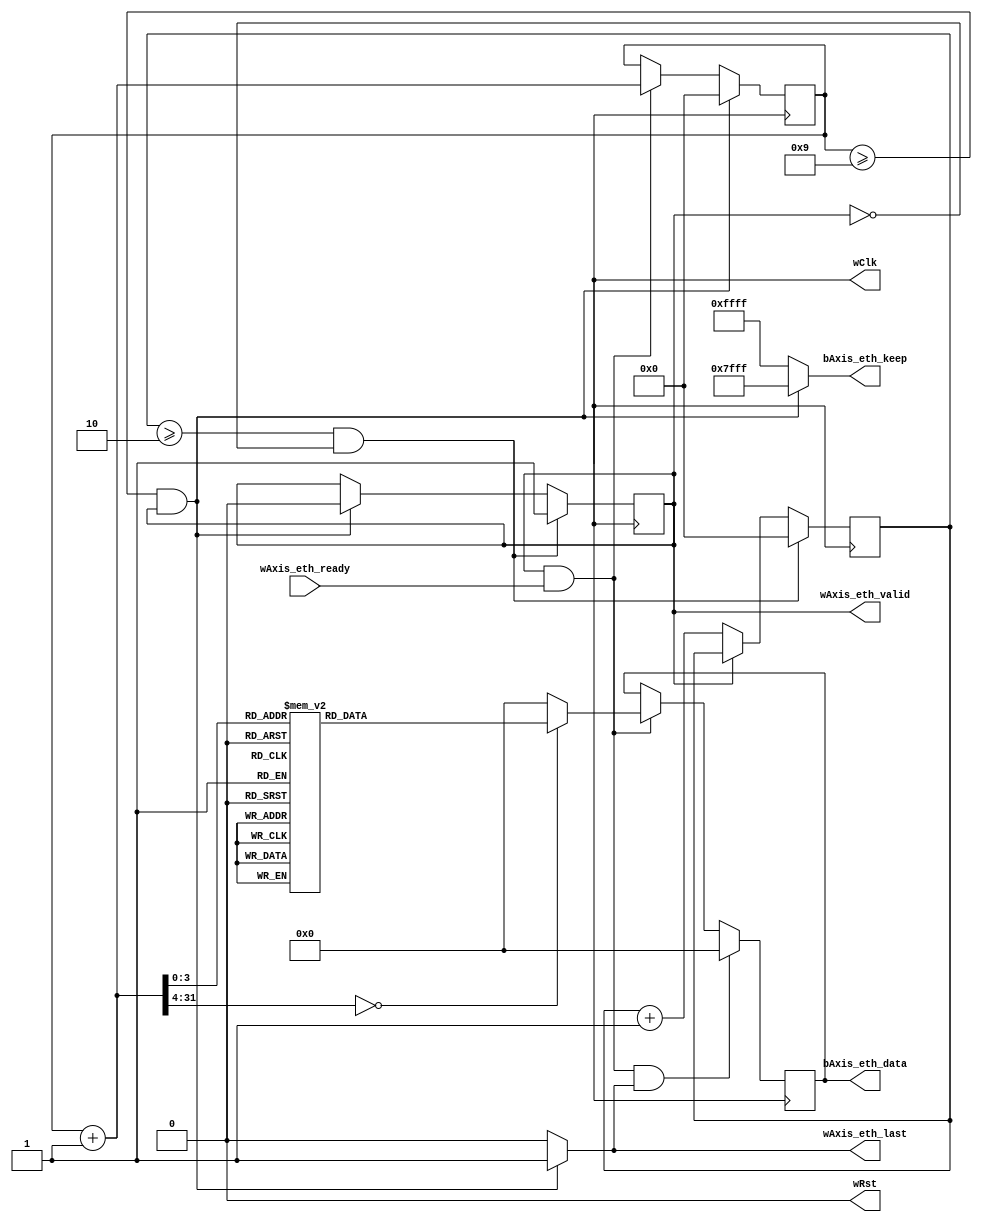
//
// Verilog Module easy_tester_lib.easy_eth_tester
//
// Created:
//          by - Administrator.UNKNOWN (WIN-P4J5GE79P21)
//          at - 15:35:30 2023/12/31
//
// using Mentor Graphics HDL Designer(TM) 2021.1 Built on 14 Jan 2021 at 15:11:42
//

`resetall
`timescale 1ns/10ps
module easy_eth_tester #
(
	parameter		FRAME_LENGTH	=	10	,
	parameter		FRAME_GAP		=	3	
)
(
	//clock and reset
	output	reg					wClk				,
	output	reg					wRst				,
	
	//Axi-stream ethernet data output 
	output	reg					wAxis_eth_valid		,
	input						wAxis_eth_ready		,
	output	reg	[127:0]			bAxis_eth_data		,
	output 	reg	[15:0]			bAxis_eth_keep		,
	output	reg					wAxis_eth_last		
	
);


//------------------------------------------------------------------
//generate a 100MHz clock
always #5 wClk	<=	~wClk	;

//==================================================================
//				TEST SOURCE IN AXI STREAM INTERFACE
//==================================================================
//------------------------------------------------------------------
//signal define
reg	[31:0]		bFrame_counter	= 0	;
reg	[31:0]		bGap_counter	= 0	;
reg				wSend_en		= 0	;

//------------------------------------------------------------------
//signal define
//`define  _NO_FRAME_GAP

//output ethernet frame data when send enable signal is asserted
`ifdef 	 _NO_FRAME_GAP
always @(posedge wClk)begin
	if(wRst)begin
		wSend_en	<=	1'b0	;
	end
	else begin
		wSend_en	<=	1'b1	;
	end
end
`else
always @(posedge wClk)begin
	if(wRst)begin
		wSend_en	<=	1'b0		;
	end
	else if((bGap_counter >= FRAME_GAP-1) && (!wSend_en))begin
		wSend_en	<=	1'b1		;
	end
	else if((bFrame_counter >= FRAME_LENGTH-1) && (wSend_en))begin
		wSend_en	<=	1'b0		;
	end
end
`endif

always @(posedge wClk)begin
	if(wRst)begin
		bFrame_counter	<=	'd0			;
	end
	else if((bFrame_counter >= FRAME_LENGTH-1) && (wSend_en))begin
		bFrame_counter	<=	'd0			;
	end
	//else if(wSend_en)begin
	else if(wAxis_eth_valid & wAxis_eth_ready)begin
		bFrame_counter	<=	bFrame_counter + 1	;
	end
end	

always @(posedge wClk)begin
	if(wRst)begin
		bGap_counter	<=	'd0			;
	end
	else if((bGap_counter >= FRAME_GAP-1) && (!wSend_en))begin
		bGap_counter	<=	'd0			;
	end
	else if(!wSend_en)begin
		bGap_counter	<=	bGap_counter + 1	;
	end
end	

always @* begin
	if(wRst)begin
		wAxis_eth_valid	=	0			;
	end
	else begin
		wAxis_eth_valid	=	wSend_en	;
	end
end

//data output
/*
always @(posedge wClk)begin
	if(wRst)begin
		bAxis_eth_data	<=	'd0	;
	end
	else if(wAxis_eth_valid	& wAxis_eth_ready & wAxis_eth_last)begin
		bAxis_eth_data	<=	'd0	;
	end
	else if(wAxis_eth_valid	& wAxis_eth_ready)begin
		bAxis_eth_data	<=	bAxis_eth_data + 1;
	end
end	
*/

always @(posedge wClk)begin
	if(wRst)begin
		bAxis_eth_data	<=	'd0	;
	end
	else if(wAxis_eth_valid	& wAxis_eth_ready & wAxis_eth_last)begin
		bAxis_eth_data	<=	'h0	;
	end
	else if(wAxis_eth_valid	& wAxis_eth_ready)begin
		case(bFrame_counter+1)
			32'h1: 	bAxis_eth_data	<=	'h1111_1111_1111_1111_1111_1111_1111_1111	;
			32'h2:	bAxis_eth_data	<=	'h2222_2222_2222_2222_2222_2222_2222_2222	;
			32'h3:	bAxis_eth_data	<=	'h3333_3333_3333_3333_3333_3333_3333_3333	;
			32'h4:	bAxis_eth_data	<=	'h4444_4444_4444_4444_4444_4444_4444_4444	;
			32'h5:	bAxis_eth_data	<=	'h5555_5555_5555_5555_5555_5555_5555_5555	;
			32'h6:	bAxis_eth_data	<=	'h6666_6666_6666_6666_6666_6666_6666_6666	;
			32'h7:	bAxis_eth_data	<=	'h7777_7777_7777_7777_7777_7777_7777_7777	;
			32'h8:	bAxis_eth_data	<=	'h8888_8888_8888_8888_8888_8888_8888_8888	;
			32'h9:	bAxis_eth_data	<=	'h9999_9999_9999_9999_9999_9999_9999_9999	;
			32'ha:	bAxis_eth_data	<=	'hAAAA_AAAA_AAAA_AAAA_AAAA_AAAA_AAAA_AAAA	;
			32'hb:	bAxis_eth_data	<=	'hBBBB_BBBB_BBBB_BBBB_BBBB_BBBB_BBBB_BBBB	;
			32'hc:	bAxis_eth_data	<=	'hCCCC_CCCC_CCCC_CCCC_CCCC_CCCC_CCCC_CCCC	;
			32'hd:	bAxis_eth_data	<=	'hDDDD_DDDD_DDDD_DDDD_DDDD_DDDD_DDDD_DDDD	;
			32'he:	bAxis_eth_data	<=	'hEEEE_EEEE_EEEE_EEEE_EEEE_EEEE_EEEE_EEEE	;
			32'hf:	bAxis_eth_data	<=	'hFFFF_FFFF_FFFF_FFFF_FFFF_FFFF_FFFF_FFFF	;
			
		default:begin
			bAxis_eth_data	<=	'h0	;
			//bAxis_eth_data	<=	'h1111_2222_3333_4444_5555_6666_7777_8888	;
		end
		endcase
	end
end	

//the last signal of shall be set high in the last valid clock cycle of a frame
//we can decide if ther is full keep signal at this time or not
always @(*)begin
	if(wRst)begin
		wAxis_eth_last	=	1'b0		;
		bAxis_eth_keep	=	16'hFFFF	;
	end
	else if((bFrame_counter >= FRAME_LENGTH-1) && wSend_en)begin
		wAxis_eth_last	=	1'b1		;
		bAxis_eth_keep	=	16'h7FFF	;
	end
	else begin
		wAxis_eth_last	=	1'b0		;
		bAxis_eth_keep	=	16'hFFFF	;
	end
end

//==================================================================
//					START TESTER ENGINE
//==================================================================
initial begin
	wClk	<=	1'b1	;
	wRst	<=	1'b1	;
	
	#100
	wRst	<=	1'b0	;
end


endmodule